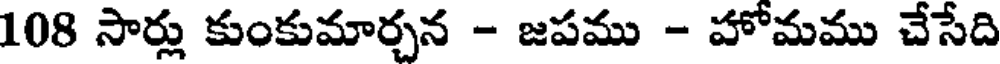
108 సార్లు కుంకుమార్చన - జపము - హోమము చేసేది